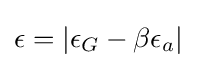
\epsilon =|\epsilon _{G}-\beta \epsilon _{a}|